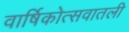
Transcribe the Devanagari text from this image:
वार्षिकोत्सवातली